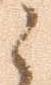
之